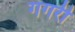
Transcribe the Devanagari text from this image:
गगरी